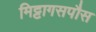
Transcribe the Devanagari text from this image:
मिट्टागसपौस